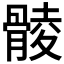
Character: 𩩡